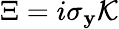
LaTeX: \Xi=i\sigma_{\mathbf{y}}\mathcal{{K}}